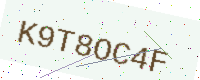
Text: K9T8OC4F